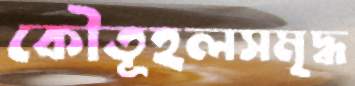
কৌতূহলসমৃদ্ধ